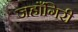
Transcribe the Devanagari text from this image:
जहाँगिरी